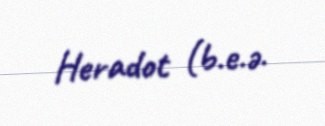
Heradot (b.e.ə.